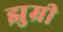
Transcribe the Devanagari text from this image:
झुम्री